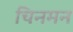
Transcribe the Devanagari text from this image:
चिनमन